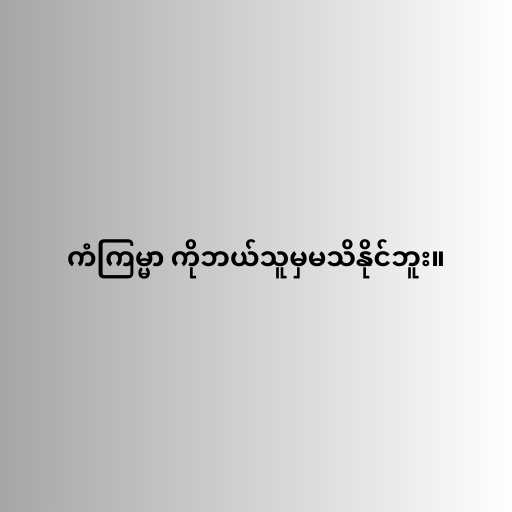
ကံကြမ္မာ ကိုဘယ်သူမှမသိနိုင်ဘူး။